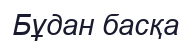
Бұдан басқа